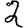
Digit: 2